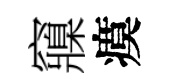
䆿瘼